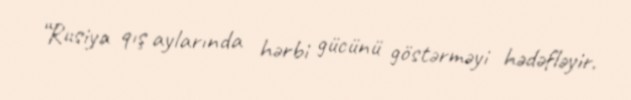
“Rusiya qış aylarında hərbi gücünü göstərməyi hədəfləyir.